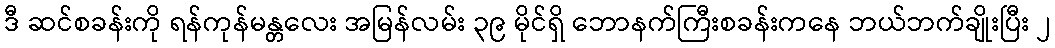
ဒီ ဆင်စခန်းကို ရန်ကုန်မန္တလေး အမြန်လမ်း ၃၉ မိုင်ရှိ ဘောနက်ကြီးစခန်းကနေ ဘယ်ဘက်ချိုးပြီး ၂